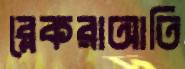
ব্লেকরাআতি